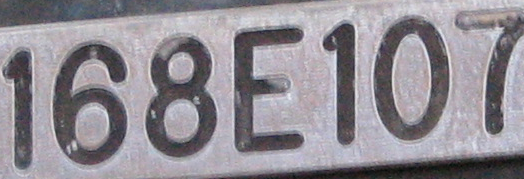
168E107